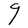
Character: g